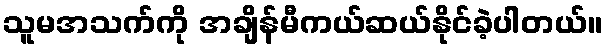
သူမအသက်ကို အချိန်မီကယ်ဆယ်နိုင်ခဲ့ပါတယ်။